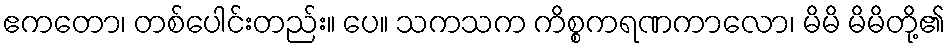
ဧကတော၊ တစ်ပေါင်းတည်း။ ပေ။ သကသက ကိစ္စကရဏကာလော၊ မိမိ မိမိတို့၏